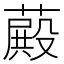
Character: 𦽄